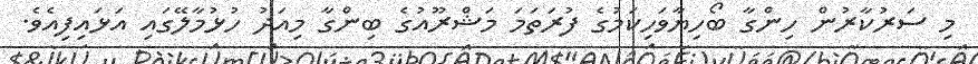
މި ސަރުކާރުން ހިންގާ ބޯހިޔާވަހިކަމުގެ ފުރަތަމަ މަޝްރޫއުގެ ބިންގާ މިއަދު ހުޅުމާލޭގައި އަޅައިފިއެވެ.